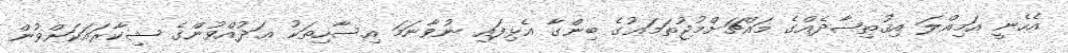
އެހެނީ އަމިއްލަ އިޤުތިޞާދެއްގެ މައްޗަށްމުޖުތަމަޢުގެ ބިންގާ އެޅިފައި ނުވާނަމަ އިސާހިތަކު ޢަދުއްވުންގެ ޝިކާރައަކަށްވުން